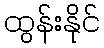
ထွန်းနိုင်